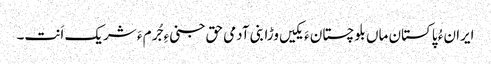
ایران ءُ پاکستان ماں بلوچستان ءَ یکیں وڑا بنی آدمی حق جنی ءِ جُرم ءَ شریک اَنت۔